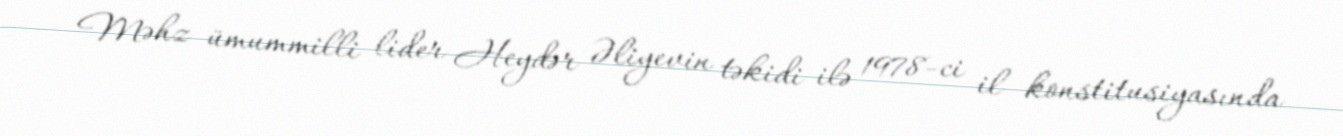
Məhz ümummilli lider Heydər Əliyevin təkidi ilə 1978-ci il konstitusiyasında